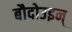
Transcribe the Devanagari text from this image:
बौदोउइन्